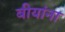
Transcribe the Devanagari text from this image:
बीयांना